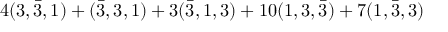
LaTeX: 4 ( 3 , \bar { 3 } , 1 ) + ( \bar { 3 } , 3 , 1 ) + 3 ( \bar { 3 } , 1 , 3 ) + 1 0 ( 1 , 3 , \bar { 3 } ) + 7 ( 1 , \bar { 3 } , 3 )